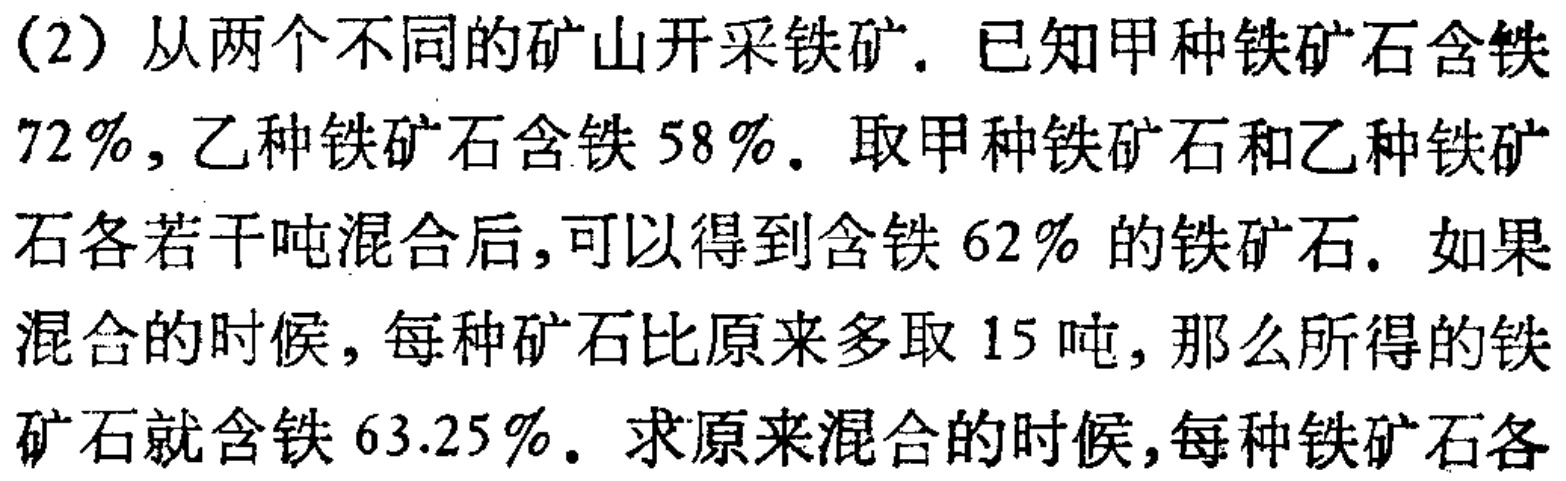
(2)从两个不同的矿山开采铁矿. 已知甲种铁矿石含铁$72\%$, 乙种铁矿石含铁$58\%$. 取甲种铁矿石和乙种铁矿石各若干吨混合后,可以得到含铁$62\%$的铁矿石. 如果混合的时候, 每种矿石比原来多取$15$吨, 那么所得的铁矿石就含铁$63.25\%$. 求原来混合的时候,每种铁矿石各